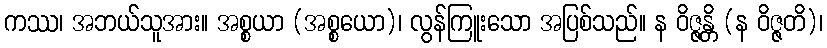
ကဿ၊ အဘယ်သူအား။ အစ္စယာ (အစ္စယော)၊ လွန်ကြူးသော အပြစ်သည်။ န ဝိဇ္ဇန္တိ (န ဝိဇ္ဇတိ)၊